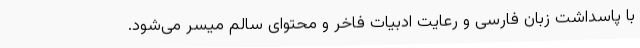
با پاسداشت زبان فارسی و رعایت ادبیات فاخر و محتوای سالم میسر می‌شود.